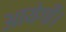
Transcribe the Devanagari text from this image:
आयेगीं।